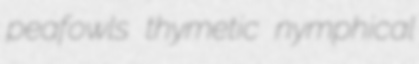
peafowls thymetic nymphical